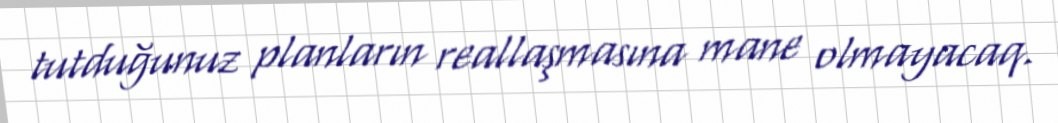
tutduğunuz planların reallaşmasına mane olmayacaq.